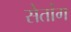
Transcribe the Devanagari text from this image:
सेतांग